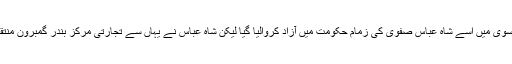
اسکے بعد یہ جزیرہ پرتگالیوں کے قبضے میں آگیا لیکن سترہویں صدی عیسوی میں اسے شاہ عباس صفوی کی زمام حکومت میں آزاد کروالیا گیا لیکن شاہ عباس نے یہاں سے تجارتی مرکز بندر گمبرون منتقل کردیا جو بعد میں شاہ عباس کی مناسبت سے بندر عباس میں تبدیل ہوگیا۔